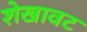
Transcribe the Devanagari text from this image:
शेखावट